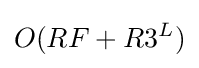
O(RF+R3^{L})